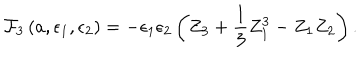
{ \cal F } _ { 3 } \left( a , \epsilon _ { 1 } , \epsilon _ { 2 } \right) = - \epsilon _ { 1 } \epsilon _ { 2 } \left( Z _ { 3 } + \frac { 1 } { 3 } Z _ { 1 } ^ { 3 } - Z _ { 1 } Z _ { 2 } \right) .